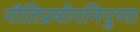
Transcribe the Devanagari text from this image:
नीतिप्रयोगनिपुणा